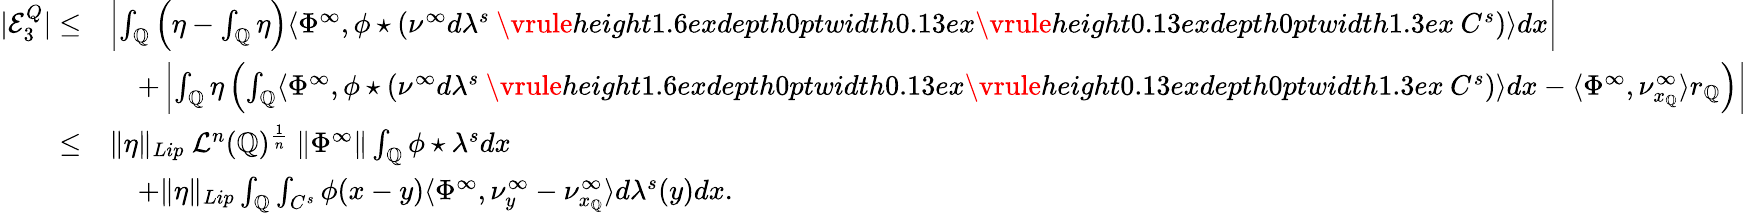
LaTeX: \begin{array}{rl}{|\mathcal{E}_{3}^{Q}|\leq}&{\left|\int_{\mathbb{Q}}\left(\eta-\int_{\mathbb{Q}}\eta\right)\langle\Phi^{\infty},\phi\star(\nu^{\infty}d\lambda^{s}\mathbin{\vrule height1.6exdepth0ptwidth0.13ex\vrule height0.13exdepth0ptwidth1.3ex}C^{s})\rangle dx\right|}\\ &{\quad+\left|\int_{\mathbb{Q}}\eta\left(\int_{\mathbb{Q}}\langle\Phi^{\infty},\phi\star(\nu^{\infty}d\lambda^{s}\mathbin{\vrule height1.6exdepth0ptwidth0.13ex\vrule height0.13exdepth0ptwidth1.3ex}C^{s})\rangle dx-\langle\Phi^{\infty},\nu_{x_{\mathbb{Q}}}^{\infty}\rangle r_{\mathbb{Q}}\right)\right|}\\ {\leq}&{\| \eta\| _{Lip}\ \mathcal{L}^{n}(\mathbb{Q})^{\frac{1}{n}}\ \| \Phi^{\infty}\| \int_{\mathbb{Q}}\phi\star\lambda^{s}dx}\\ &{\quad+\| \eta\| _{Lip}\int_{\mathbb{Q}}\int_{C^{s}}\phi(x-y)\langle\Phi^{\infty},\nu_{y}^{\infty}-\nu_{x_{\mathbb{Q}}}^{\infty}\rangle d\lambda^{s}(y)dx.}\end{array}